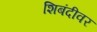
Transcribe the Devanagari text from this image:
शिबंदीवर